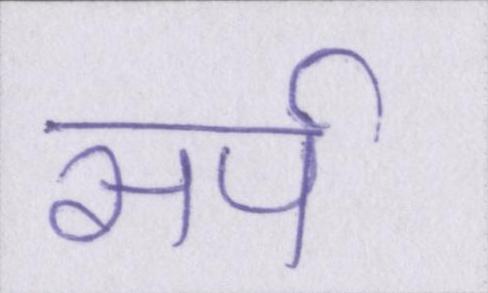
सर्प